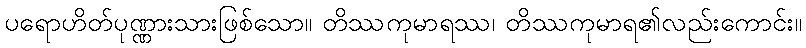
ပရောဟိတ်ပုဏ္ဏားသားဖြစ်သော။ တိဿကုမာရဿ၊ တိဿကုမာရ၏လည်းကောင်း။